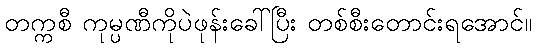
တက္ကစီ ကုမ္ပဏီကိုပဲဖုန်းခေါ်ပြီး တစ်စီးတောင်းရအောင်။